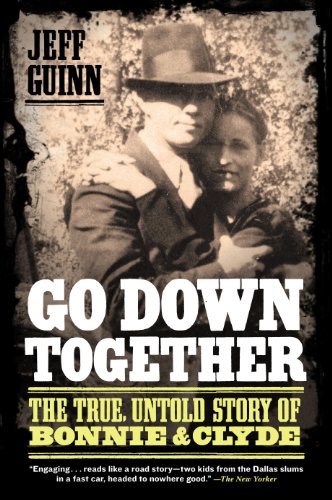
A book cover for Go Down Together: The True, Untold Story of Bonnie and Clyde; Jeff Guinn; Biographies & Memoirs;